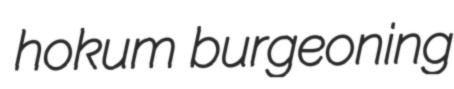
hokum burgeoning